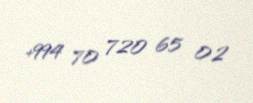
+994 70 720 65 02